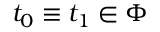
\; t _ { 0 } \equiv t _ { 1 } \in \Phi